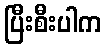
ပြီးစီးပါက